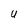
Character: U